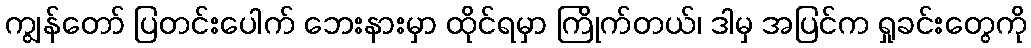
ကျွန်တော် ပြတင်းပေါက် ဘေးနားမှာ ထိုင်ရမှာ ကြိုက်တယ်၊ ဒါမှ အပြင်က ရှုခင်းတွေကို